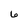
Character: 6